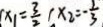
\vert x _ { 1 } = \frac { 3 } { 2 } x _ { 2 } = - \frac { 1 } { 3 }